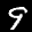
Label: 9